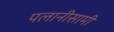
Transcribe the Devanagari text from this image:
पलानीसामी